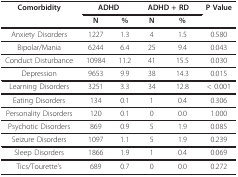
<table><thead><tr><td><b>Comorbidity</b></td><td colspan="2"><b>ADHD</b></td><td colspan="2"><b>ADHD + RD</b></td><td><b>P Value</b></td></tr><tr><td></td><td><b>N</b></td><td><b>%</b></td><td><b>N</b></td><td><b>%</b></td><td></td></tr></thead><tbody><tr><td>Anxiety Disorders</td><td>1227</td><td>1.3</td><td>4</td><td>1.5</td><td>0.580</td></tr><tr><td>Bipolar/Mania</td><td>6244</td><td>6.4</td><td>25</td><td>9.4</td><td>0.043</td></tr><tr><td>Conduct Disturbance</td><td>10984</td><td>11.2</td><td>41</td><td>15.5</td><td>0.030</td></tr><tr><td>Depression</td><td>9653</td><td>9.9</td><td>38</td><td>14.3</td><td>0.015</td></tr><tr><td>Learning Disorders</td><td>3251</td><td>3.3</td><td>34</td><td>12.8</td><td>&lt; 0.001</td></tr><tr><td>Eating Disorders</td><td>134</td><td>0.1</td><td>1</td><td>0.4</td><td>0.306</td></tr><tr><td>Personality Disorders</td><td>120</td><td>0.1</td><td>0</td><td>0.0</td><td>1.000</td></tr><tr><td>Psychotic Disorders</td><td>869</td><td>0.9</td><td>5</td><td>1.9</td><td>0.085</td></tr><tr><td>Seizure Disorders</td><td>1097</td><td>1.1</td><td>5</td><td>1.9</td><td>0.239</td></tr><tr><td>Sleep Disorders</td><td>1866</td><td>1.9</td><td>1</td><td>0.4</td><td>0.069</td></tr><tr><td>Tics/Tourette&#x27;s</td><td>689</td><td>0.7</td><td>0</td><td>0.0</td><td>0.272</td></tr></tbody></table>